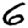
Digit: 6